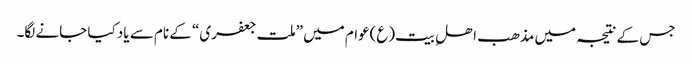
جس کے نتیجہ میں مذھب اھلِ بیت(ع)عوام میں ”ملت جعفری“ کے نام سے یاد کیا جانے لگا۔